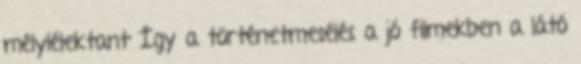
mélylélektant Így a történetmesélés a jó filmekben a látó